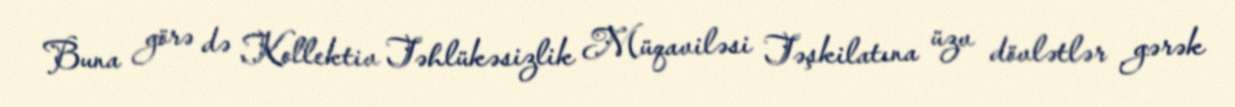
Buna görə də Kollektiv Təhlükəsizlik Müqaviləsi Təşkilatına üzv dövlətlər gərək